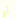
أو